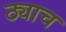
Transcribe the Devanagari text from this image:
ठ्याच